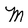
Character: M